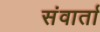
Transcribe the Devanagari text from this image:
संवार्ता